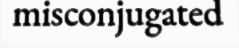
misconjugated